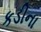
કડીના